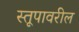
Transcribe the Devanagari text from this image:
स्तूपावरील